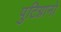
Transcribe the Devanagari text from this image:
पुटिग्नानो